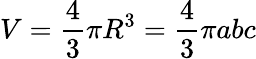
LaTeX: V=\frac{4}{3}\pi R^{3}=\frac{4}{3}\pi abc